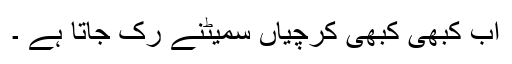
اب کبھی کبھی کرچیاں سمیٹنے رک جاتا ہے ۔